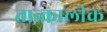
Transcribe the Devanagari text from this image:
तात्‍कालीक